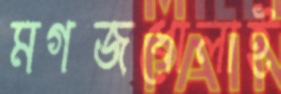
মগজধোলাই